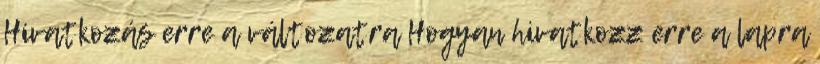
Hivatkozás erre a változatra Hogyan hivatkozz erre a lapra